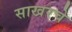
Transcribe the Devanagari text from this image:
साखरचे